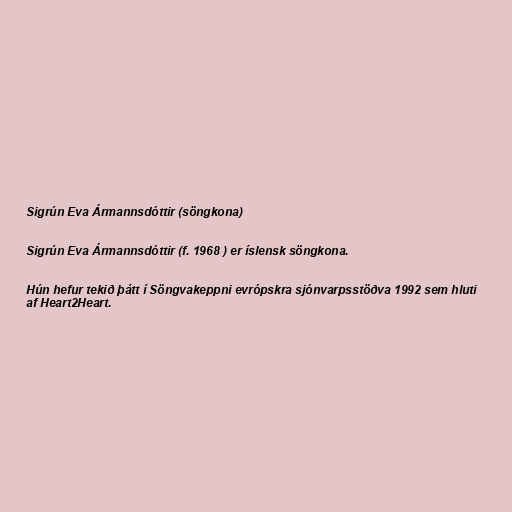
Sigrún Eva Ármannsdóttir (söngkona)

Sigrún Eva Ármannsdóttir (f. 1968 ) er íslensk söngkona.

Hún hefur tekið þátt í Söngvakeppni evrópskra sjónvarpsstöðva 1992 sem hluti
af Heart2Heart.